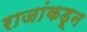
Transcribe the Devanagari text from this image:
राजांकडून